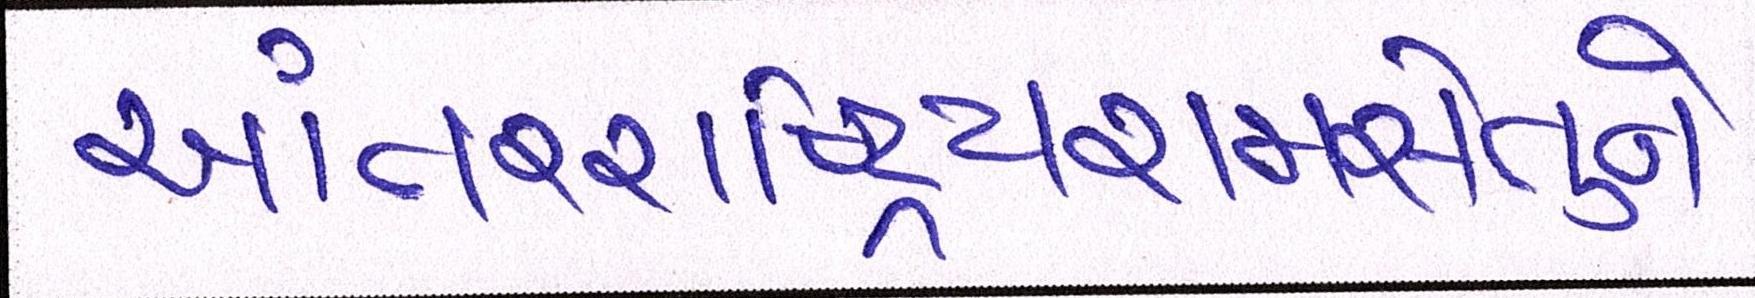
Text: આંતરરાષ્ટ્રિયરામસેતુને